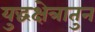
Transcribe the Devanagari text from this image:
युद्धक्षेत्रातुन